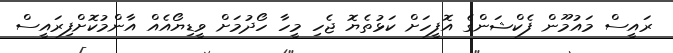
ރައީސް މައުމޫން ފެކްޝަންގެ އޮފީހަށް ކަޅުތެޔޮ ޖެހި މީހާ ހޯދުމަށް ވީޑިޔޯއެއް އާންމުކޮށްފިރައީސް